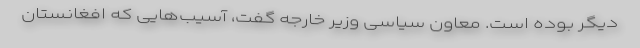
دیگر بوده است. معاون سیاسی وزیر خارجه گفت، آسیب‌هایی که افغانستان